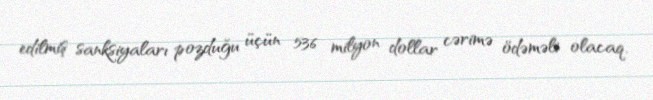
edilmiş sanksiyaları pozduğu üçün 536 milyon dollar cərimə ödəməli olacaq.